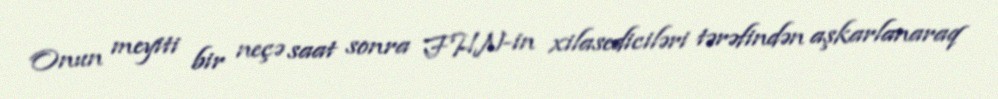
Onun meyiti bir neçə saat sonra FHN-in xilasediciləri tərəfindən aşkarlanaraq